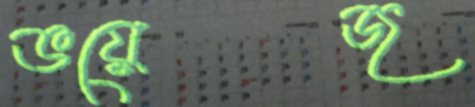
ভয়েজ